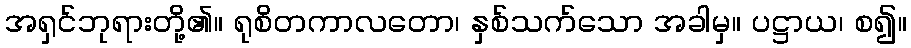
အရှင်ဘုရားတို့၏။ ရုစိတကာလတော၊ နှစ်သက်သော အခါမှ။ ပဋ္ဌာယ၊ စ၍။